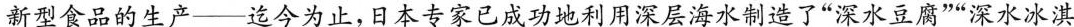
新型食品的生产——迄今为止，日本专家已成功地利用深层海水制造了”深水豆腐””深水冰淇